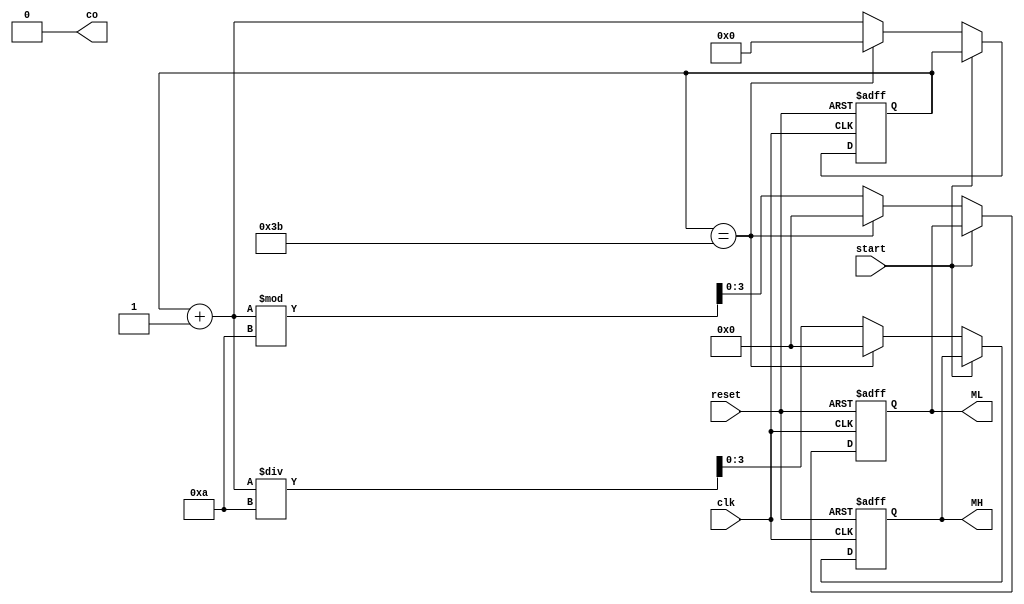
module minute(clk,reset,ML,MH,co,start);
input clk,start;
input reset;
output co=1'b0;
reg co;
output [3:0]ML,MH;
reg[3:0]ML,MH;
reg[7:0]cnt;

	always@(posedge clk or negedge reset)
	begin
	if (!reset)
		begin
			ML = 4'd0;
			MH = 4'd0;
			cnt <= 8'd0;
		end
	else
		begin
			if(!start)
				begin
				if (cnt==8'd59)
					begin
					cnt <= 8'd0;
					ML <= 4'd0;
					MH <= 4'd0;
					co <= 1'b1;
					end
				else
					begin
					co = 1'b0;
					cnt = cnt+ 8'd1;
					ML <= cnt%10;
					MH <= cnt/10;
					end
			end
		end
	end
endmodule